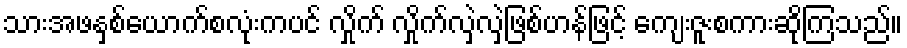
သားအဖနှစ်ယောက်စလုံးကပင် လှိုက် လှိုက်လှဲလှဲဖြစ်ဟန်ဖြင့် ကျေးဇူးစကားဆိုကြသည်။